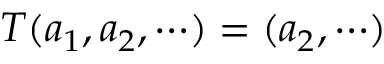
T ( a _ { 1 } , a _ { 2 } , \cdots ) = ( a _ { 2 } , \cdots )